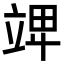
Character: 𥪎